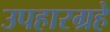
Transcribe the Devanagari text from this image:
उपहारग्रहे